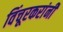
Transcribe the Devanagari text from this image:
विंचूरकरांनीं